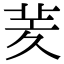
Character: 羐